Vaccination in Bombay 1869-1873 - 1869-1873
Year: 1869
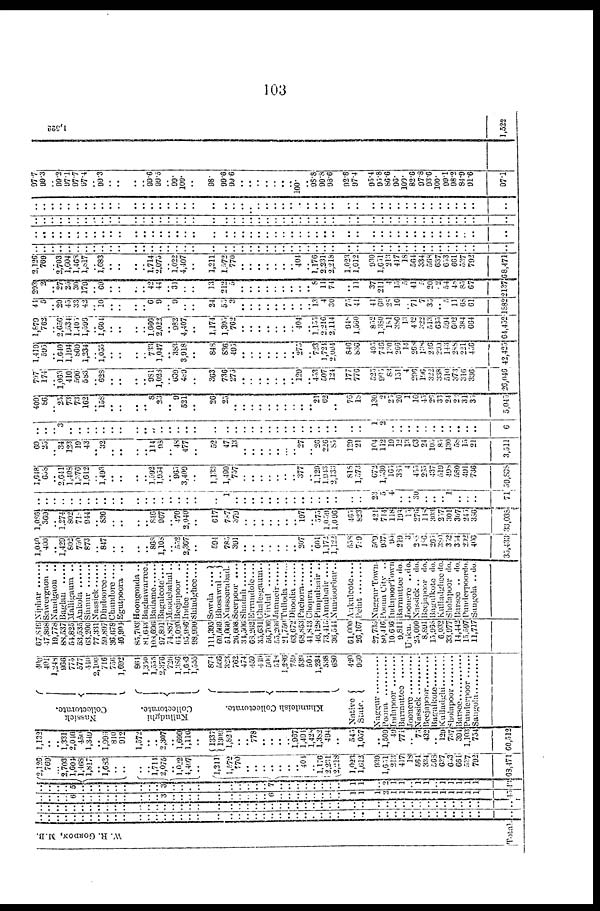
103
W. R. GORDON, M.B.
Total.
..
..
..
..
..
..
..
..
..
..
..
..
..
..
..
..
..
..
..
..
..
..
..
..
..
..
..
..
..
..
..
..
..
..
..
..
..
..
..
..
..
..
..
..
..
..
..
..
..
..
..
..
..
..
..
..
..
..
..
..
..
..
..
..
..
..
..
..
..
..
..
..
..
..
..
..
..
..
..
..
..
..
..
..
..
..
..
..
..
..
..
..
..
..
..
..
..
..
..
..
..
..
..
..
..
..
..
..
..
..
..
..
..
..
..
..
..
..
..
..
..
..
..
..
..
6 ..
..
..
..
..
..
..
..
1
1
1
2
1
1
1
1
1
1
1
1
1
1
1
45
..
..
..
..
..
..
..
..
..
..
..
..
..
..
..
..
..
..
..
..
..
..
..
..
..
7
..
..
..
..
..
..
..
..
1
1
..
2
1
1
.. 1
1
..
..
1
1
1
1
43
2,126
769
... 2,703
1,604
1,468 1,817
.. 1,683
..
..
..
.. 1,714
2,075
..
1,022
4,407
..
1,211
1,572
770
..
.. ..
..
..
..
.. 404
..
1,176
2,231
2,218
1,023
1,612
930
1,651
213 417
18
564
334
568
637
653
661
537
792
68,471
1,132
.. ..
1,331
2,046
450
1,349
..
1,996
810
912
1,572
..
..
2,307
.. 1,699
1,110
..
1337
1309 1,821
..
.. 778
..
..
..
..
1,967
1,494
1,428
1,382
494
..
545
1,057
..
1,509
49
771
.. 75
432
.. 129
737
394
1,103
754
60,512
Nassick
Collectorate.
Kulludghi
Collectorate.
Khandeish Collectorate.
Natives
State
400
401
1,248
966
775
577
440
2,106
716
756
1,692
864
1,350
1,555
2,376
726
1,386
1,683
1,555
874
566
323
762
474
459
449
506
518
1,280
759
539
504
1,234
538
680
420
960
Nuggur . . . . . . . . . .
Poona . . . . . . . . . .
Indapoor . . . . . . . .
Barmuttee . . . . . .
Joonere . . . . . . . . .
Nassick . . . . . . . . .
Beejapoor . . . . . . .
Bagulkote . . . . . . . .
Kulladghi . . . . . . . .
Sholapoor . . . . . . .
Barsee . . . . . . . . . .
Punderpoor . . . . .
Sangola . . . . . . . . .
67,816
47,868
19,778
88,537
54,825
53,535
63,200
77,331
59,897
36,678
46,904
85,703
81,643
103,696
97,891
74,887
64,020
95,986
98,990
111,395
69,569
51,060
26,608
34,506
68,262
35,631
56,706
55,266
21,750
63,672
68,853
41,843
46,123
73,415
36,544
61,000
26,167
27,735
80,416
10,636
9,811
Unkn.
25,000
8,891
15,968
6,032
33,977
14,442
15,597
11,717
Niphar
Sawergaon..
Nandgaon ..
Baglan
Malligaum ..
Ankola
Sinner...... Nassick
Dindooree....
Chandore ....
Egutpoora ..
Hoongonda ..
Baghawaree.
Badame...... Bagulcote....
Moodebahal..
Beejapoor..
Indee ........
Shindghee ....
Sowda ....
Bhosawul..
Nusseerabad.
Seerpoor ....
Shahada ......
Errundole....
Chalesgaum..
Virdul...... Jamneir
Tulloda
Dhoolia
Pachora...... Chopra
Pimpulnair ..
Amulnair....
Nundoorbar..
Aakulcote....
Peint........
Nuggur Town.
Poona City ..
IndapoorTown
Barmuttee do.
Joonere ..do.
Nassick .. do.
Beejapoor do.
Bagulkote do.
Kulladghee do.
Sholapoor do.
Barsee .. do.
Punderpoordo.
Sangola .. do.
1,040
400
..
1,429
802
750
873
.. 847
..
..
..
.. 868
1,108
.. 552
2,367
..
594
785
391
..
..
..
..
..
..
..
207
.. 601
1,172
1,122
558
739
509
937
95
219
3
288
186
265
380
352
354
202
406
35,433
1,086
369
.. 1,274
802
718
944
.. 836
..
..
..
.. 846
967
.. 470
2,040
..
617
787
379
..
..
..
..
..
..
..
197
.. 575
1,059
1,096
465
823
421
714
118
198
15
276
148
303
257
301
367
245
386
33,038
..
..
..
..
..
..
..
..
..
..
..
..
..
..
..
..
..
..
..
..
1
..
..
..
..
..
..
..
..
..
..
..
..
..
..
..
23
5
4
..
.. 30
..
..
.. 1
..
..
..
71
1,648
658
.. 2,641
1,408
1,376
1,612
.. 1,493
..
..
..
.. 1,592
1,954
.. 965
3,409
..
1,133
1,499
757
..
.. ..
..
..
..
.. 377
.. 1,129
1,943
2,133
818
1,573
672
1,530
165
385
4
455
265
437
519
498
580
491
736
59,838
69
25
.. 34
123
19
43
.. 32
..
..
..
.. 114
98
.. 48
477
..
52
47
13
..
..
..
..
..
..
..
27
.. 26
226
85
129
21
104
112
19
12
13
63
24
105
85
130
58
15
21
3,511
..
..
.. 3
..
..
..
..
..
..
..
..
..
.. ..
..
..
..
..
..
..
..
..
..
..
..
..
..
..
..
..
..
..
..
..
..
1
2
..
..
..
..
..
..
..
..
..
..
..
6
409
86
.. 25
73
73
162
.. 158
..
..
..
.. 8
23
..
9
521
..
26
25
..
..
..
..
..
..
..
..
..
.. 21
62
..
76
18
130
2
25
20
1
16
45
26
33
24
23
31
35
5,045
707
174
.. 1,063
410
599
583
.. 628
..
..
..
.. 981
1,028
.. 639
489
..
363
736
275
..
.. ..
..
..
..
.. 129
.. 453
507
124
177
776
525
905
83
151
4
296
196
322
338
510
373
316
336
26,046
1,419
595
.. 1,640
1,194
869
1,234
.. 1,055
..
..
..
.. 733
1,047
.. 383
3,918
..
848
836
495
..
..
..
..
..
..
.. 275
.. 723
1,724
2,094
846
836
405
746
130
266
14
268
138
246
200
143
288
221
456
42,425
1,879
762
.. 2,656
1,534
1,405
1,596
.. 1,604
.. ..
..
.. 1,666
2,022
.. 982
1,107
..
1,174
1,305
762
..
..
..
..
..
..
.. 404
.. 1,155
2,216
2,114
948
1,560
852
1,380
181
386
13
432
322
513
635
594
602
384
664
64,452
41
5
.. 20
45
33
42
.. 10
..
..
..
.. 6
9
.. 9
..
..
24
55
3
..
..
..
..
..
..
..
..
.. 13
4
30
75
41
41
60
28
16
.. 71
7
35
.. 5
11
68
61
1882
203
2
.. 27
25
30
179
.. 69
..
..
..
.. 42
44
.. 31
..
..
13
212
5
..
..
..
..
..
..
..
..
..
8
11
74
..
11
37
211
4
15
5
41
5 20
82
54
48
85
67
2137
2,126
769
.. 2,703
1,604
1,468
1,817
.. 1,683
.. ..
..
.. 1,714
2,075
.. 1,022
4,407
..
1,211
1,572
770
..
..
..
..
..
..
.. 404
.. 1,176
2,331
2,218
1,023
1,612
930
1,651
213
417
18
564
334
568
637
653
661
537
792
68,471
..
..
..
..
..
..
..
..
..
..
..
..
..
..
..
..
..
..
..
..
..
..
..
..
..
..
..
..
..
..
..
..
..
..
..
..
..
..
..
..
..
..
..
..
..
..
..
..
..
..
..
.. ..
..
..
..
..
..
..
..
..
..
..
..
..
..
..
..
..
..
..
..
..
..
..
..
..
..
..
..
..
..
..
..
..
..
..
..
..
..
.. ..
..
..
..
..
..
..
..
..
..
..
..
..
..
..
..
..
..
..
..
..
..
..
..
..
..
..
..
..
..
..
..
..
..
..
..
..
..
..
..
..
..
..
..
..
..
..
..
..
..
..
..
..
..
..
..
..
..
..
..
.. ..
..
..
..
..
..
..
..
..
..
.. ..
..
..
..
..
..
..
..
..
..
..
..
..
..
..
..
..
..
..
..
..
..
..
..
..
..
..
.. ..
..
..
..
..
..
..
..
..
97.7
99.3
.. 99.2
97.1
97.7
97.4
.. 99.3
..
..
..
.. 99.6
99.5
.. 99.
100.
..
98.
99.6
99.6
..
..
..
..
..
..
.. 100.
.. 98.8
99.8
98.6
92.8
97.4
95.4
95.8
86.6
96.
100.
82.6
97.8
93.6
100.
99.1
98.2
84.9
91.6
97.1
1,522
1,522